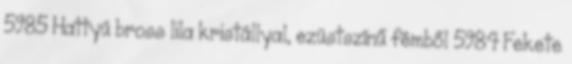
5985 Hattyú bross lila kristállyal, ezüstszínű fémből 5984 Fekete